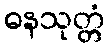
ဓနသုတ္တံ